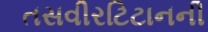
તસવીરટિટાનની